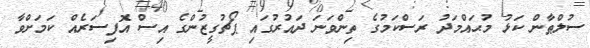
ސުލްޠާން ކަޅު މުޙައްމަދު ރަސްކަމުގެ ތިންވަނަ ދައުރުގައި ޕޯޗުގީޒުންގެ އިސް އޮފިސަރެއް ކަމަށްވާ